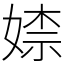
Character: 𡞫